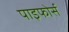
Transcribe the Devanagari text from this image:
पाइफोर्स